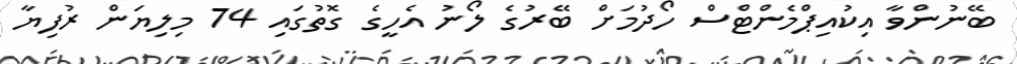
ބޭނުންވާ އިކުއިޕްމެންޓްސް ހޯދުމަށް ބޭރުގެ ލޯނު އެހީގެ ގޮތުގައި 74 މިލިޔަން ރުފިޔާ